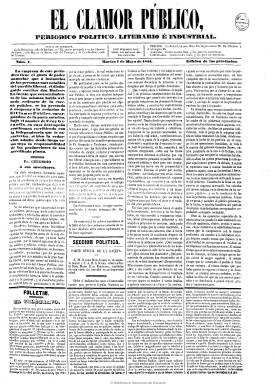
Título: El Clamor público
Colección: Periódicos
Ámbito geográfico: Madrid
Lugar de publicación: Madrid
Fechas: 07/05/1844-27/10/1864

Periódico progresista fundado en 1844 por Fernando Corradi, era de carácter agresivo y polemista, muy enfrentado a los gobiernos moderados. Cuando el progresismo alcanzó el poder, en 1854,decayó la influencia de este periódico, que pasó a órgano de la Unión Liberal, y su lugar lo ocuparía Las Novedades.
En contraste con la prensa posterior de finales de siglo, los periódicos de mediada la centuria son poco vistosos y sacan escaso juego de la tipografía. Sus noticias son fundamentalmente políticas, buscando la “formación” frente a la “información”, no hay demasiados anuncios y el folletín ocupa un lugar destacado en la parte inferior.

Algunas imágenes cedidas por TECNODOC.